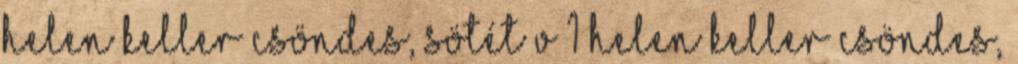
HELEN KELLER CSÖNDES, SÖTÉT V 1 HELEN KELLER CSÖNDES,